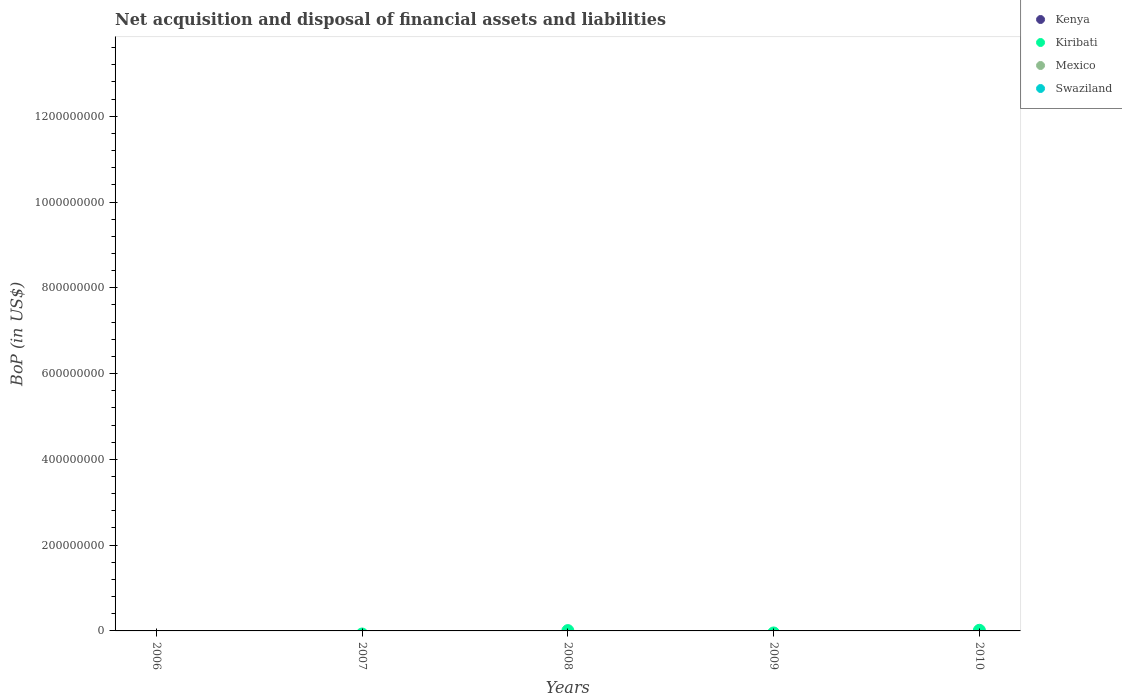
| Years | Kenya | Kiribati | Mexico | Swaziland |
 | --- | --- | --- | --- | --- |
 | 2006 | -9.97e+07 | -1.38e+07 | -8.21e+09 | -4.1e+08 |
 | 2007 | -1.13e+09 | -7.16e+06 | -1.12e+10 | -7.97e+08 |
 | 2008 | -1.59e+09 | 7.43e+05 | -2.54e+10 | -2.28e+08 |
 | 2009 | -1.35e+09 | -4.74e+06 | -1.2e+10 | -4.73e+08 |
 | 2010 | -1.95e+09 | 1.46e+06 | -2.77e+10 | -3.27e+08 |